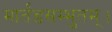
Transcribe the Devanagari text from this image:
मार्तंडसम्भुतम्।